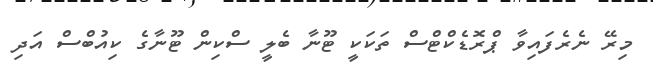
މިރޭ ނެރެފައިވާ ޕްރޮޑެކްޓްސް ތަކަކީ ޓޫނާ ބެލީ ސްކިން ޓޫނާގެ ކިއުބްސް އަދި